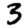
Digit: 3